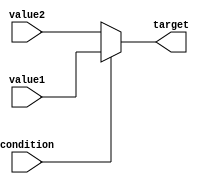
module conditional_operator_assignment (
    input wire condition,       // Boolean condition
    input wire [7:0] value1,   // First value to assign if condition is true
    input wire [7:0] value2,   // Second value to assign if condition is false
    output reg [7:0] target     // Target variable for assignment
);

// Always block to evaluate the condition and assign the target variable
always @(*) begin
    target = (condition) ? value1 : value2; // Conditional assignment
end

endmodule